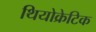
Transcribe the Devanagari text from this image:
थियोक्रेटिक